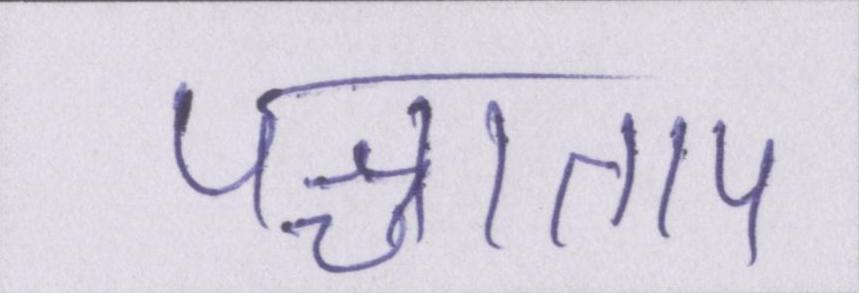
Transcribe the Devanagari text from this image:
पश्चाताप